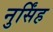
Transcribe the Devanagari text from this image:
नुर्सिंह